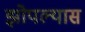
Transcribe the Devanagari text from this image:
झोपल्यास